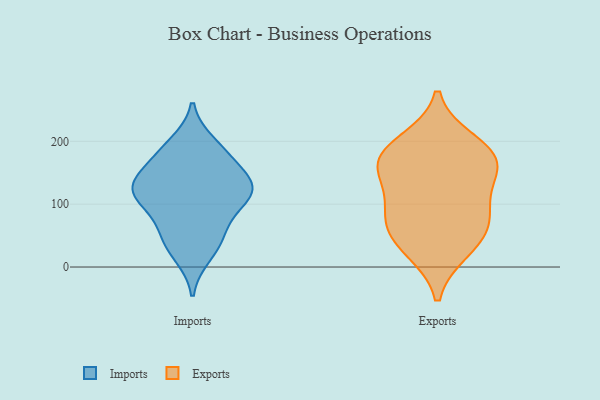
{"axis": {"x": "Latency (ms)", "y": "Value"}, "legend": ["Exports", "Imports"], "data": [{"x": "", "y": 125, "type": "Imports"}, {"x": "", "y": 122, "type": "Imports"}, {"x": "", "y": 196, "type": "Imports"}, {"x": "", "y": 19, "type": "Imports"}, {"x": "", "y": 132, "type": "Imports"}, {"x": "", "y": 84, "type": "Imports"}, {"x": "", "y": 106, "type": "Imports"}, {"x": "", "y": 177, "type": "Imports"}, {"x": "", "y": 47, "type": "Imports"}, {"x": "", "y": 49, "type": "Imports"}, {"x": "", "y": 122, "type": "Imports"}, {"x": "", "y": 174, "type": "Imports"}, {"x": "", "y": 134, "type": "Imports"}, {"x": "", "y": 28, "type": "Exports"}, {"x": "", "y": 198, "type": "Exports"}, {"x": "", "y": 171, "type": "Exports"}, {"x": "", "y": 169, "type": "Exports"}, {"x": "", "y": 75, "type": "Exports"}, {"x": "", "y": 146, "type": "Exports"}, {"x": "", "y": 77, "type": "Exports"}, {"x": "", "y": 42, "type": "Exports"}, {"x": "", "y": 172, "type": "Exports"}, {"x": "", "y": 103, "type": "Exports"}]}